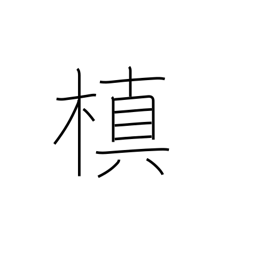
Meaning: ornamental evergreen